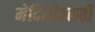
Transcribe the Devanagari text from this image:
मेदिनीवरुती